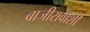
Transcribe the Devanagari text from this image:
बाजीरावाशीं